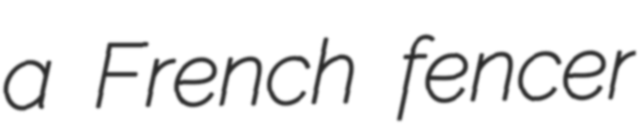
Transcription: a French fencer